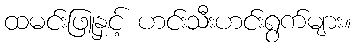
ထမင်းဖြူနှင့် ဟင်းသီးဟင်းရွက်များ။